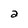
Character: a